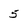
Character: 5